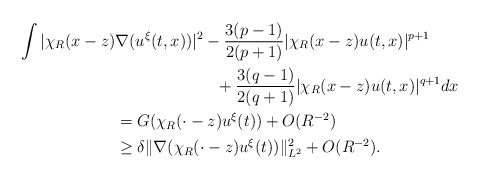
\begin{align*}\int |\chi_R(x-z) &\nabla (u^{\xi}(t,x))|^2- \frac{3(p-1)}{2(p+1)} |\chi_R(x-z) u(t,x)|^{p+1} \\&\quad\quad\quad\quad\quad\quad\,+ \frac{3(q-1)}{2(q+1)} |\chi_R(x-z) u(t,x)|^{q+1} dx \\&= G(\chi_R(\cdot-z) u^\xi(t)) + O(R^{-2}) \\&\geq \delta \|\nabla(\chi_R(\cdot-z) u^{\xi}(t))\|^2_{L^2} + O(R^{-2}).\end{align*}